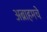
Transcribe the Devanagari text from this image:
अब्राहमचे